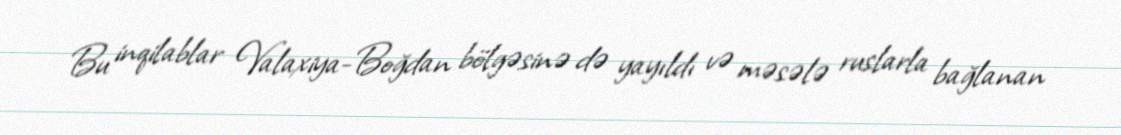
Bu inqilablar Valaxiya-Boğdan bölgəsinə də yayıldı və məsələ ruslarla bağlanan